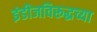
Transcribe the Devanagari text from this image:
इंडीजविरूद्धच्या